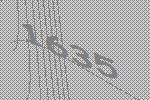
1635